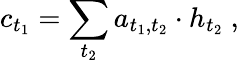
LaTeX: c_{t_{1}}=\sum_{t_{2}}{a_{t_{1},t_{2}}\cdot h_{t_{2}}}\ ,